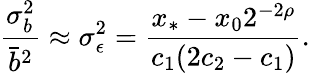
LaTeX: \frac{\sigma_{b}^{2}}{\bar{b}^{2}}\approx\sigma_{\epsilon}^{2}=\frac{x_{*}-x_{0}2^{-2\rho}}{c_{1}(2c_{2}-c_{1})}.